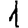
Digit: 1